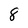
Character: 8